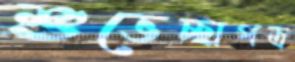
শুভেচ্ছাপত্র